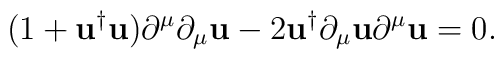
(1+{\mathbf{u}}^{\dag}{\mathbf{u}})\partial^{\mu}\partial_{\mu}{\mathbf{u}} -2{\mathbf{u}}^{\dag}\partial_{\mu}{\mathbf{u}}\partial^{\mu}{\mathbf{u}}=0.